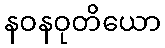
နဝနဝုတိယော